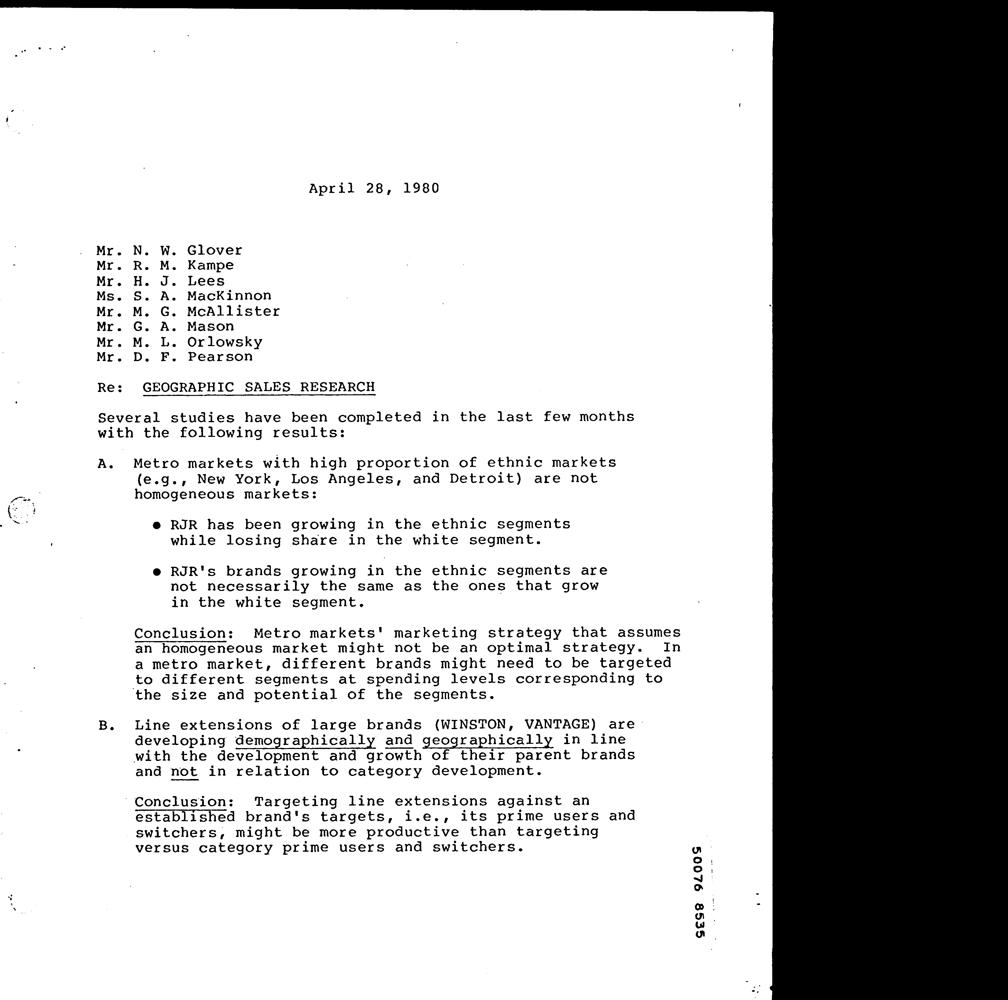
April 28, 1980
 Mr. N. W. Glover
 Mr. R. M. Kampe
 Mr. H. J. Lees
 Ms. S. A. MacKinnon
 Mr. M. G. McAllister
 Mr. G. A. Mason
 Mr. M. L. Orlowsky
 Mr. D. F. Pearson
 Re: GEOGRAPHIC SALES RESEARCH
 Several studies have been completed in the last few months
 with the following results:
 A. Metro markets with high proportion of ethnic markets
 (e.g., New York, Los Angeles, and Detroit) are not
 homogeneous markets:
 @ RJR has been growing in the ethnic segments
 while losing share in the white segment.
 e RJR's brands growing in the ethnic segments are
 not necessarily the same as the ones that grow
 in the white segment.
 Conclusion: Metro markets' marketing strategy that assumes
 an homogeneous market might not be an optimal strategy. In
 a metro market, different brands might need to be targeted
 to different segments at spending levels corresponding to
 ‘the size and potential of the segments.
 B. Line extensions of large brands (WINSTON, VANTAGE) are-
 developing demographically and geographically in line
 with the development and growth of their parent brands
 and not in relation to category development.
 ~Conclusion: Targeting line extensions against an
 established brand's targets, i.e., its prime users and
 switchers, might be more productive than targeting
 versus category prime users and switchers.
 sess 9200S